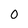
Character: 0